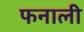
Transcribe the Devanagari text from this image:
फनाली